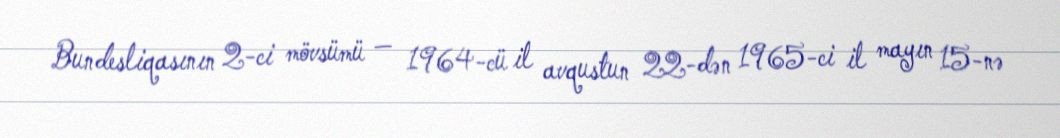
Bundesliqasının 2-ci mövsümü — 1964-cü il avqustun 22-dən 1965-ci il mayın 15-nə